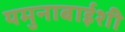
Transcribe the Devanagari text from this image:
यमुनाबाईशी